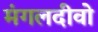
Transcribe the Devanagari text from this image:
मंगलदीवो